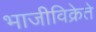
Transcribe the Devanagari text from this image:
भाजीविक्रेते